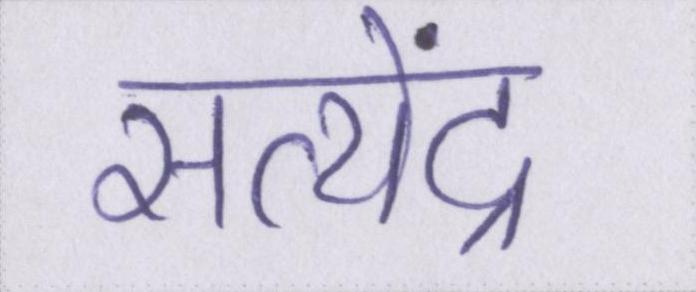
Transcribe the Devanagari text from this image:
सत्येंद्र